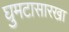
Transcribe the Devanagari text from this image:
घुमटासारखा